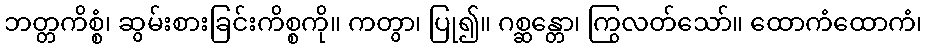
ဘတ္တကိစ္စံ၊ ဆွမ်းစားခြင်းကိစ္စကို။ ကတွာ၊ ပြု၍။ ဂစ္ဆန္တော၊ ကြွလတ်သော်။ ထောကံထောကံ၊